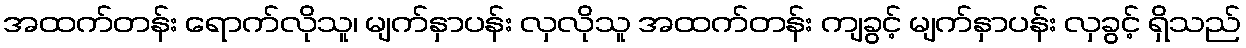
အထက်တန်း ရောက်လိုသူ၊ မျက်နှာပန်း လှလိုသူ အထက်တန်း ကျခွင့် မျက်နှာပန်း လှခွင့် ရှိသည်